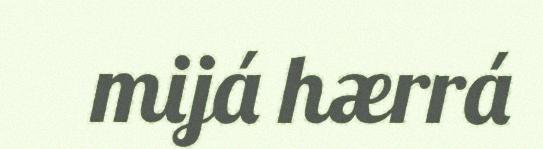
mijá hærrá